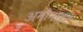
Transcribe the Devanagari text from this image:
अमोनाइट